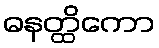
ဓနတ္ထိကော